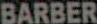
BARBER